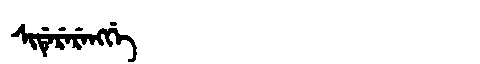
Manchu: ᠰᡳᡩᡝᡵᡝᡵᡝᠩᡤᡝ
Romanization: SIDERERENGGE